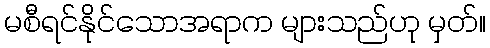
မစီရင်နိုင်သောအရာက များသည်ဟု မှတ်။